[Report on the health of British troops in the Madras command]
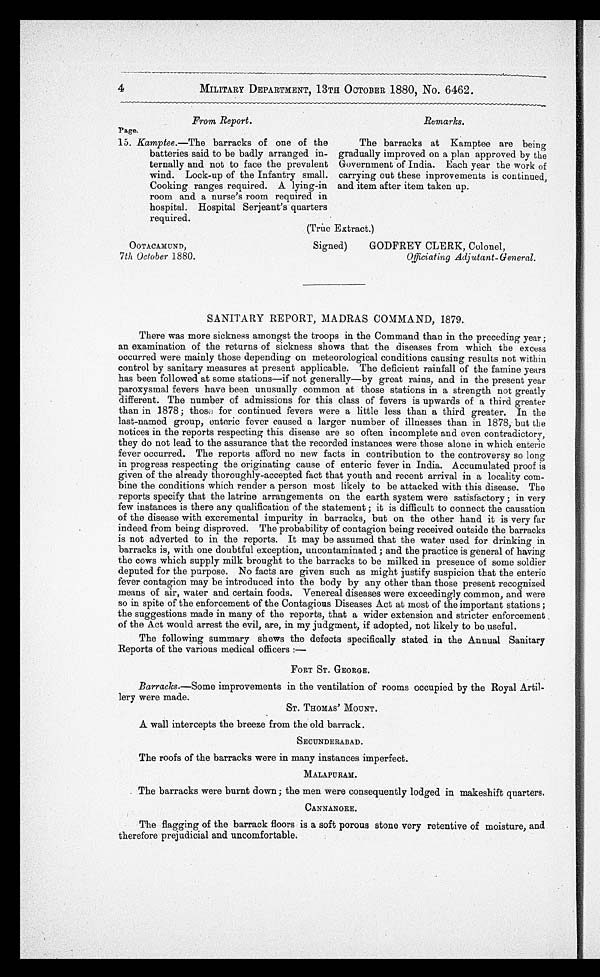
OOTACAMUND,
7th October 1880.
Signed)
GODFREY CLERK, Colonel,
Officiating Adjutant-General.
4
MILITARY DEPARTMENT, 13TH OCTOBER 1880, No. 6462.
From Report.
Page.
15. Kamptee.—The barracks of one of the
batteries said to be badly arranged in-
ternally and not to face the prevalent
wind. Lock-up of the Infantry small.
Cooking ranges required. A lying-in
room and a nurse's room required in
hospital. Hospital Serjeant's quarters
required.
Remarks.
The barracks at Kamptee are being
gradually improved on a plan approved by the
Government of India. Each year the work of
carrying out these inprovements is continued,
and item after item taken up.
(True Extract.)
SANITARY REPORT, MADRAS COMMAND, 1879.
There was more sickness amongst the troops in the Command than in the preceding year ;
an examination of the returns of sickness shows that the diseases from which the excess
occurred were mainly those depending on meteorological conditions causing results not within
control by sanitary measures at present applicable. The deficient rainfall of the famine years
has been followed at some stations—if not generally—by great rains, and in the present year
paroxysmal fevers have been unusually common at those stations in a strength not greatly
different. The number of admissions for this class of fevers is upwards of a third greater
than in 1878 ; those for continued fevers were a little less than a third greater. In the
last-named group, enteric fever caused a larger number of illnesses than in 1878, but the
notices in the reports respecting this disease are so often incomplete and even contradictory,
they do not lead to the assurance that the recorded instances were those alone in which enteric
fever occurred. The reports afford no new facts in contribution to the controversy so long
in progress respecting the originating cause of enteric fever in India. Accumulated proof is
given of the already thoroughly-accepted fact that youth and recent arrival in a locality com-
bine the conditions which render a person most likely to be attacked with this disease. The
reports specify that the latrine arrangements on the earth system were satisfactory ; in very
few instances is there any qualification of the statement ; it is difficult to connect the causation
of the disease with excremental impurity in barracks, but on the other hand it is very far
indeed from being disproved. The probability of contagion being received outside the barracks
is not adverted to in the reports. It may be assumed that the water used for drinking in
barracks is, with one doubtful exception, uncontaminated ; and the practice is general of having
the cows which supply milk brought to the barracks to be milked in presence of some soldier
deputed for the purpose. No facts are given such as might justify suspicion that the enteric
fever contagion may be introduced into the body by any other than those present recognized
moans of air, water and certain foods. Venereal diseases were exceedingly common, and were
so in spite of the enforcement of the Contagious Diseases Act at most of the important stations ;
the suggestions made in many of the reports, that a wider extension and stricter enforcement
of the Act would arrest the evil, are, in my judgment, if adopted, not likely to be useful.
The following summary shews the defects specifically stated in the Annual Sanitary
Reports of the various medical officers :—
FORT ST. GEORGE.
Barracks.—Some improvements in the ventilation of rooms occupied by the Royal Artil-
lery were made.
ST. THOMAS' MOUNT.
A wall intercepts the breeze from the old barrack.
SECUNDERABAD.
The roofs of the barracks were in many instances imperfect .
MALAPURAM.
The barracks were burnt down; the men were consequently lodged in makeshift quarters.
CANNANORE.
The flagging of the barrack floors is a soft porous stone very retentive of moisture, and
therefore prejudicial and uncomfortable.